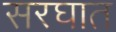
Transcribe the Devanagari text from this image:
सरघात